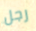
رجل